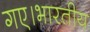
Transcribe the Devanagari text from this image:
गए।भारतीय